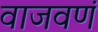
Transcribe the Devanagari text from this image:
वाजवणं